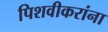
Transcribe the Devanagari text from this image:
पिशवीकरांना